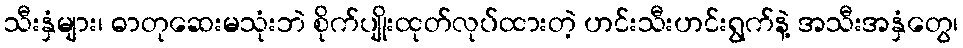
သီးနှံများ၊ ဓာတုဆေးမသုံးဘဲ စိုက်ပျိုးထုတ်လုပ်ထားတဲ့ ဟင်းသီးဟင်းရွက်နဲ့ အသီးအနှံတွေ၊